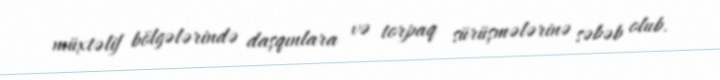
müxtəlif bölgələrində daşqınlara və torpaq sürüşmələrinə səbəb olub.